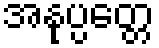
အနုပ္ပတ္တေ